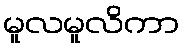
မူလမူလိကာ